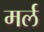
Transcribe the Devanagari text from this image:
मर्ल